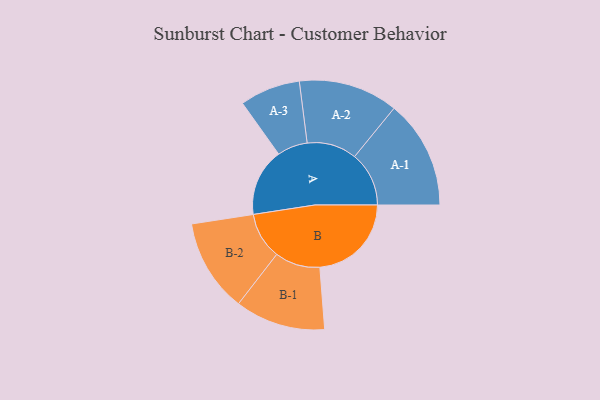
{"axis": {"x": "Segment", "y": "Value"}, "legend": ["", "A", "B"], "data": [{"x": "A", "y": 340, "type": ""}, {"x": "B", "y": 460, "type": ""}, {"x": "A-1", "y": 273, "type": "A"}, {"x": "A-2", "y": 250, "type": "A"}, {"x": "A-3", "y": 152, "type": "A"}, {"x": "B-1", "y": 227, "type": "B"}, {"x": "B-2", "y": 234, "type": "B"}]}